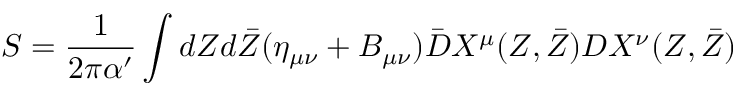
S = \frac { 1 } { 2 \pi \alpha ^ { \prime } } \int d Z d \bar { Z } ( \eta _ { \mu \nu } + B _ { \mu \nu } ) \bar { D } X ^ { \mu } ( Z , \bar { Z } ) D X ^ { \nu } ( Z , \bar { Z } )